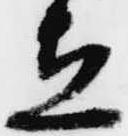
立